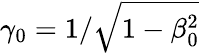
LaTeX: \gamma_{0}=1/\sqrt{1-\beta_{0}^{2}}